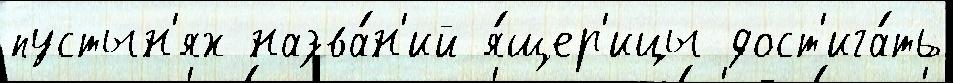
пустын'ях назва́н'ий я́щер'ицы дост'ига́ть